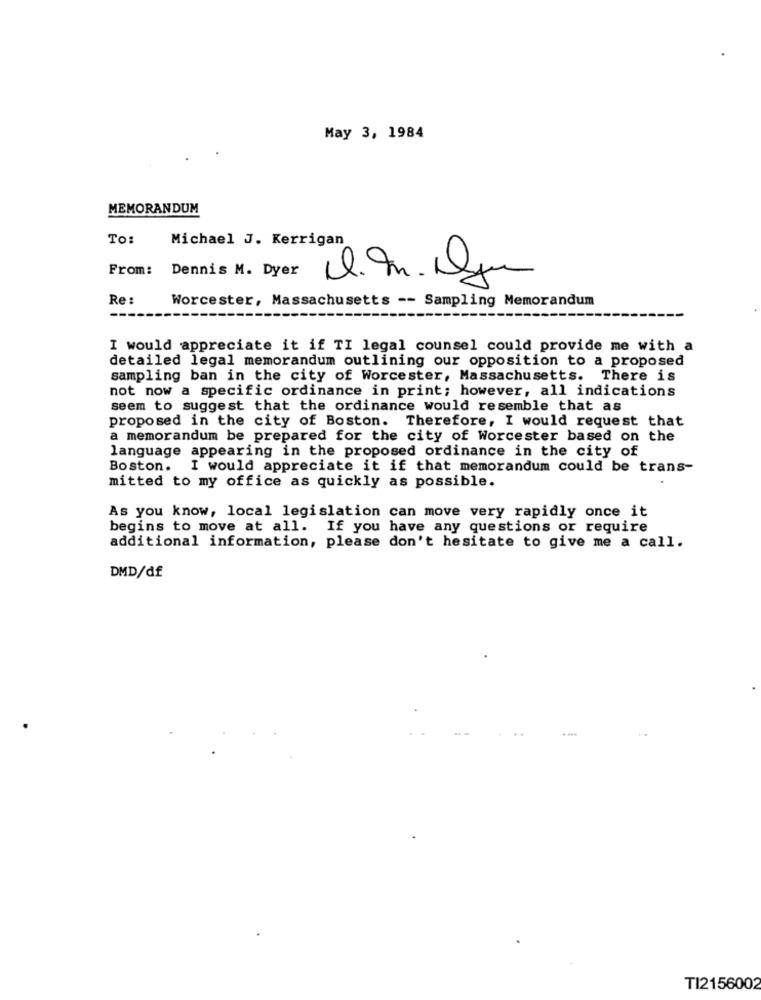
May 3, 1984
MEMORANDUM
To:
Michael J. Kerrigan
From: Dennis M. Dyer
Re :
Worcester, Massachusetts -- Sampling Memorandum
I would appreciate it if TI legal counsel could provide me with a
detailed legal memorandum outlining our opposition to a proposed
sampling ban in the city of Worcester, Massachusetts. There is
not now a specific ordinance in print; however, all indications
seem to suggest that the ordinance would resemble that as
proposed in the city of Boston. Therefore, I would request that
a memorandum be prepared for the city of Worcester based on the
language appearing in the proposed ordinance in the city of
Boston. I would appreciate it if that memorandum could be trans-
mitted to my office as quickly as possible.
As you know, local legislation can move very rapidly once it
begins to move at all. If you have any questions or require
additional information, please don't hesitate to give me a call.
DMD/df
TI2156002